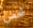
شخص